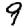
Digit: 9